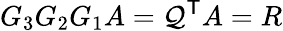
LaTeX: G_{3}G_{2}G_{1}A=\mathcal{Q}^{\textsf{{T}}}A=R